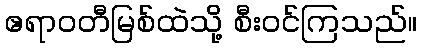
ဧရာဝတီမြစ်ထဲသို့ စီးဝင်ကြသည်။